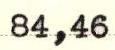
84,46